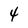
Character: 4